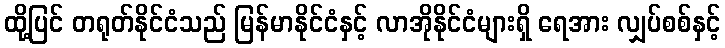
ထို့ပြင် တရုတ်နိုင်ငံသည် မြန်မာနိုင်ငံနှင့် လာအိုနိုင်ငံများရှိ ရေအား လျှပ်စစ်နှင့်